Civil Veterinary Dept. North-West Frontier Province 1933-46 - 1933-1946
Year: 1933
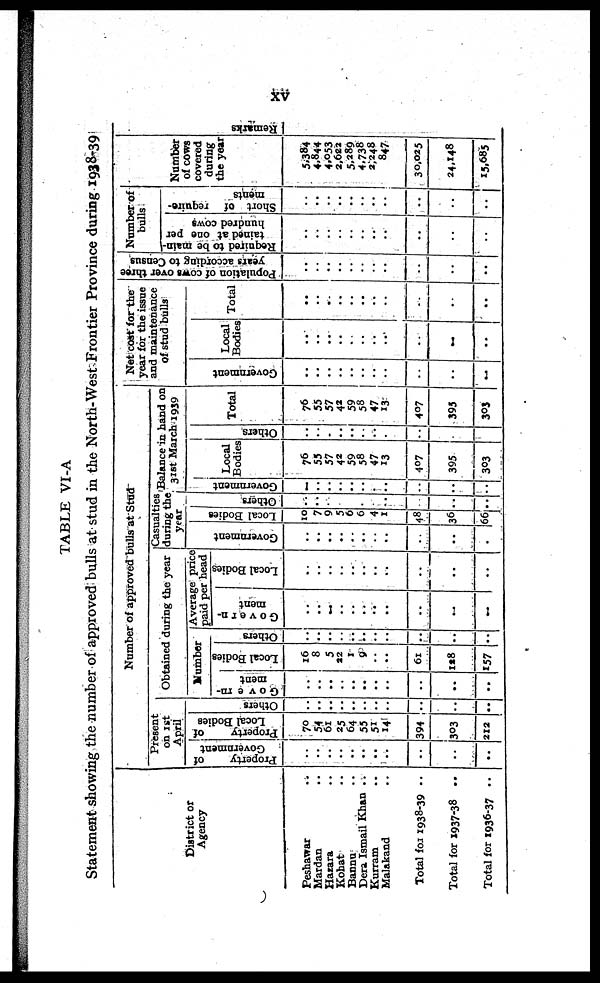
xv
TABLE VI-A
Statement showing the number of approved bulls at stud in the North-West Frontier Province during 1938-39
District or
Agency
Peshawar ..
Mardan ..
Harara ..
Kohat ..
Banna ..
Dera Ismail Khan ..
Kurram ..
Malakand ..
Total for 1938-39 ..
Total for 1937-38 ..
Total for 1936-37 ..
Number of approved bulls at Stud
Present
on 1st
April
Property
of
Government
..
..
..
..
..
..
..
..
..
..
..
Property
of
Local Bodies
70
54
61
25
64
55
51
14
394
303
212
Obtained during the year
Numbe r
Others
..
..
..
..
..
..
..
..
..
..
..
Govern-
ment
..
..
..
....
..
..
..
..
..
..
..
Local Bodies
16
8
5
22
1
9
..
..
61
128
157
Others
..
..
..
..
..
..
..
..
..
..
..
Average price
paid per head
Govern-
ment
..
..
..
..
..
..
..
..
..
..
..
Local Bodies
..
..
..
..
..
..
..
..
..
..
..
Casualties
during the
year
Go v e r
n me n t
..
..
..
..
..
..
..
..
..
..
.
Local Bodies
10
7
9
5
6
6
4
1
48
36
66
Others
..
..
..
..
..
..
..
..
..
..
Balance in hand on
31st March 1939
Government
..
..
..
..
..
..
..
..
..
..
..
Local
Bodies
76
55
57
42
59
58
47
13
407
395
303
Ot her s
..
..
..
..
..
..
..
..
..
..
..
Total
76
55
57
42
59
58
47
13
407
395
303
Net cost for the
year for the issue
and maintenance
Of stud bulls
Go v e rn
me n t
..
..
..
..
..
.
..
..
..
..
..
Local
Bodies
..
..
..
..
..
..
..
..
..
..
..
Total
..
..
..
..
..
..
..
..
..
..
...
Population of cows over three
years according to Census
..
..
..
..
..
..
..
..
..
..
..
Number of
bulls
Required to be main-
tained at one per
hundr e d cows
..
..
..
..
..
..
..
..
..
..
..
Shor t of require-
ments
..
..
..
..
..
..
..
..
..
..
..
Number
of cows
covered
during
the year
5,384
4.844
4,053
2,622
5,289
4,738
2,248
847
30,025
24,148
15,685
Re ma r
ks